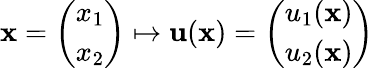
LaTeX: \begin{array}{r}{{\mathbf x}=\left(\begin{array}{l}{x_{1}}\\ {x_{2}}\end{array}\right)\mapsto{\mathbf u}({\mathbf x})=\left(\begin{array}{l}{u_{1}({\mathbf x})}\\ {u_{2}({\mathbf x})}\end{array}\right)}\end{array}